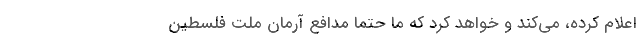
اعلام کرده، می‌کند و خواهد کرد که ما حتما مدافع آرمان ملت فلسطین